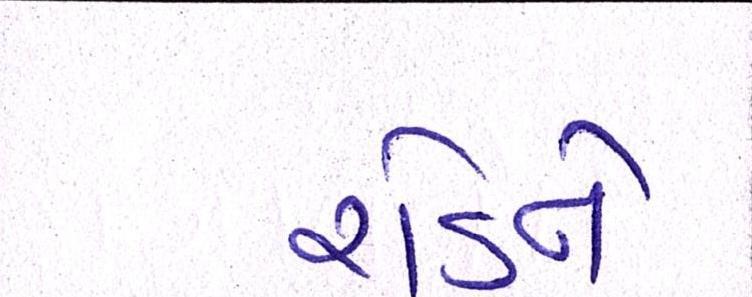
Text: રોડને